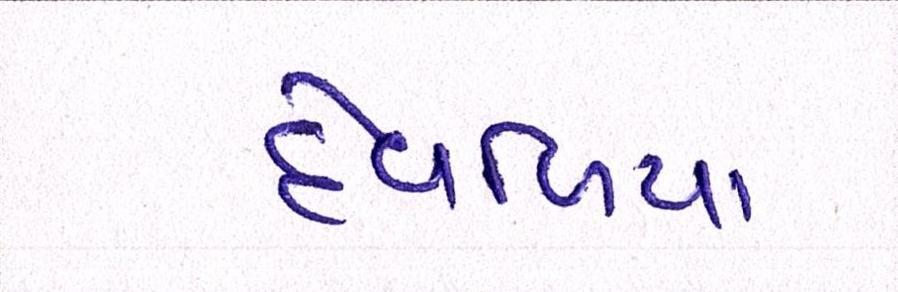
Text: દેવળિયા